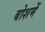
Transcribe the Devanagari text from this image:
बोशमें